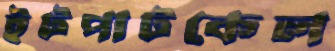
ইটপাটকেল